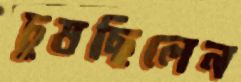
চুষছিলেন